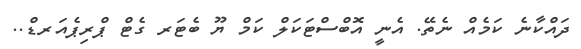
ދައްކާނެ ކަމެއް ނެތޭ. އެނީ އޮބްސްޓަކަލް ކަމް ޔޫ ބެޓަރ ގެޓް ޕްރިޕެއަރޑް..